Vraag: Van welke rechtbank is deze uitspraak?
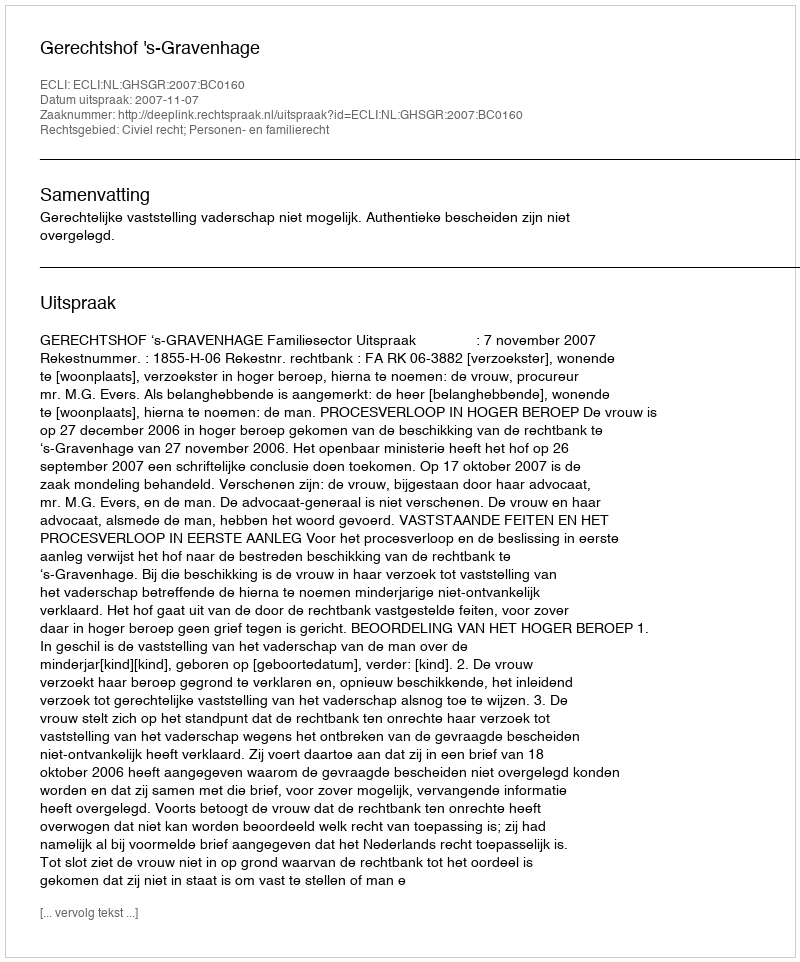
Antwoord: Gerechtshof 's-Gravenhage